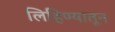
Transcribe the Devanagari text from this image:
लिहिण्यातून